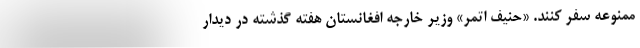
ممنوعه سفر کنند. «حنیف اتمر» وزیر خارجه افغانستان هفته گذشته در دیدار